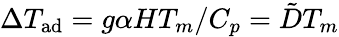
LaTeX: \Delta T_{\mathrm{{ad}}}=g\alpha HT_{m}/C_{p}=\tilde{D}T_{m}